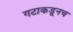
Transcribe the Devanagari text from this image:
गटाकडूनच